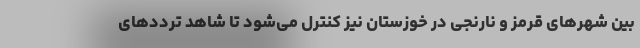
بین شهرهای قرمز و نارنجی در خوزستان نیز کنترل می‌شود تا شاهد ترددهای